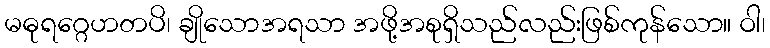
မဓုရဂ္ဂေဟတပိ၊ ချိုသောအရသာ အဖို့အစုရှိသည်လည်းဖြစ်ကုန်သော။ ဝါ၊